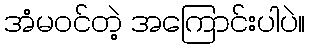
အံမဝင်တဲ့ အကြောင်းပါပဲ။